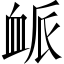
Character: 衇